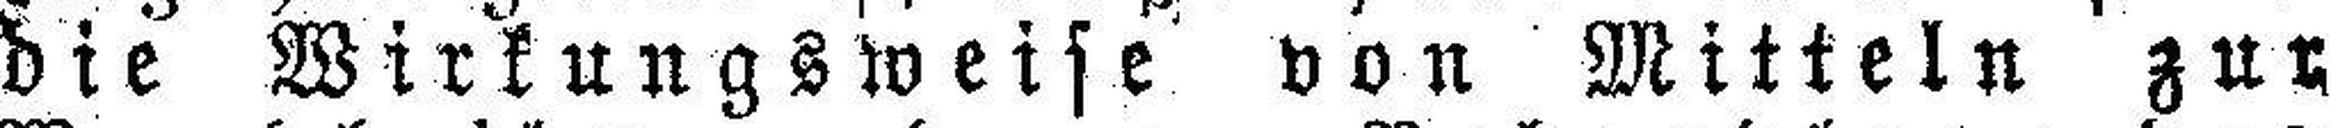
die Wirkungsweise von Mitteln zur